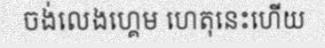
ចង់លេងហ្គេម ហេតុនេះហើយ